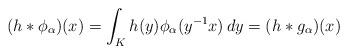
LaTeX: \begin{align*} (h*\phi_\alpha)(x)=\int_K h(y)\phi_\alpha(y^{-1}x)\,dy = (h*g_\alpha)(x) \end{align*}